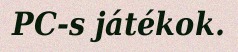
PC-s játékok.